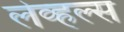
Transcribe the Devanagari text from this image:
लेव्हल्स